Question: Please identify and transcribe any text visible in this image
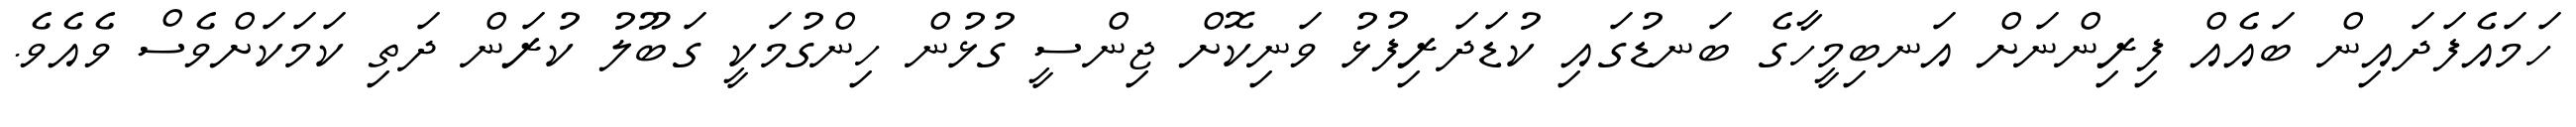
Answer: ހަމައެފަދައިން ބައެއް ފިރިންނަށް އަނބިމީހާގެ ބަނޑުގައި ކުޑަދަރިފުޅު ވަނިކޮށް ޖިންސީ ގުޅުން ހިންގުމަކީ ގަބޫލު ކުރަން ދަތި ކަމަކަށްވެސް ވެއެވެ.